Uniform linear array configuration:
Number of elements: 8
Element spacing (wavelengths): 1
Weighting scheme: kaiser
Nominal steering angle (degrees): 45
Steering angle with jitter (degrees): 46.206
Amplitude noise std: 0.05
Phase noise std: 0.05

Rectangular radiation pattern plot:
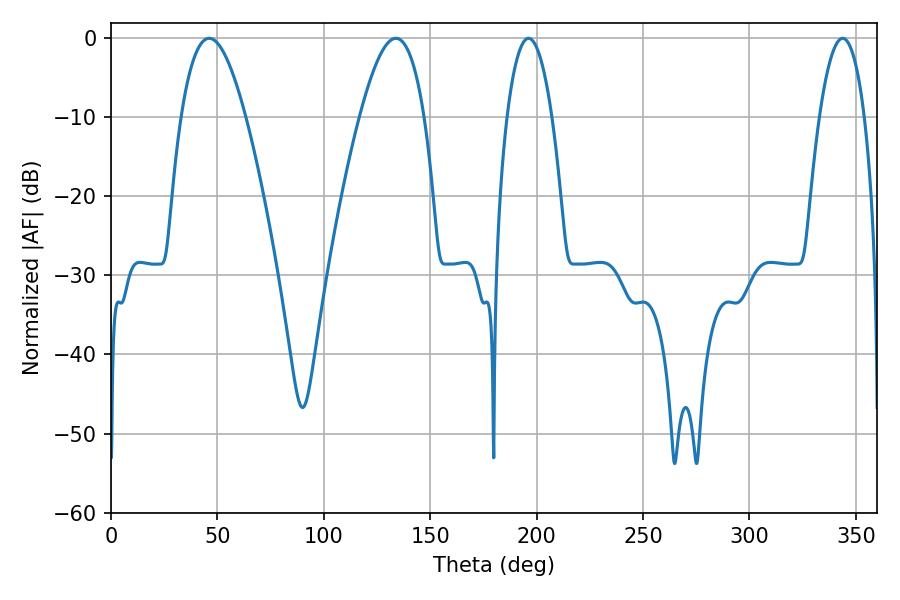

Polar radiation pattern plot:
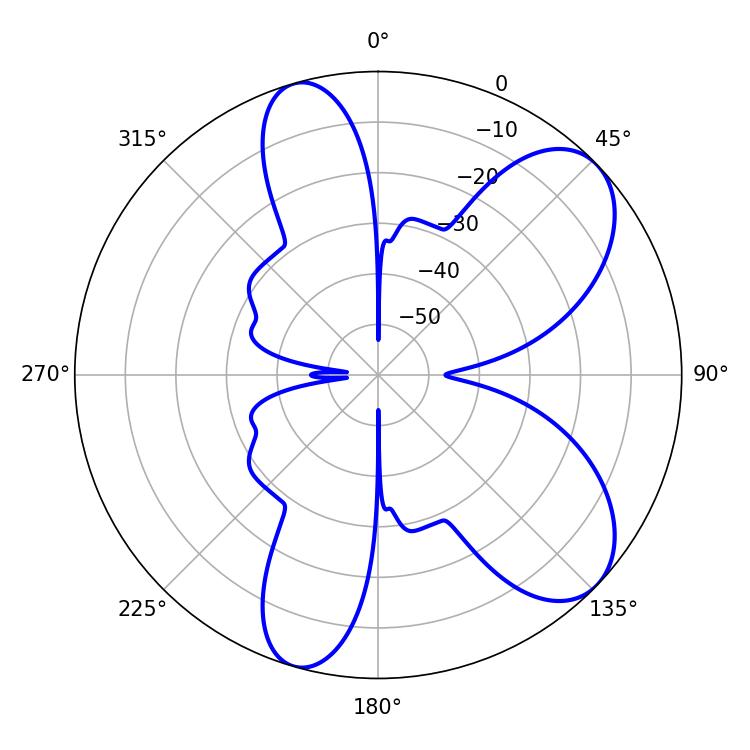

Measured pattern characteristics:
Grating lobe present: TRUE
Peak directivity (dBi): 7.829
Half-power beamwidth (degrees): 11.7
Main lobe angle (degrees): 196.2